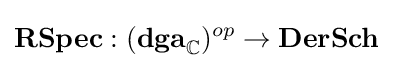
{\textbf {RSpec}}:({\textbf {dga}}_{\mathbb {C} })^{op}\to {\textbf {DerSch}}